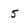
Character: 5